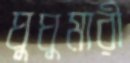
ঘুঘুমারী